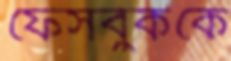
ফেসবুককে